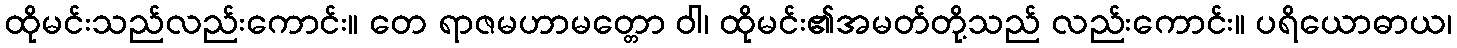
ထိုမင်းသည်လည်းကောင်း။ တေ ရာဇမဟာမတ္တော ဝါ၊ ထိုမင်း၏အမတ်တို့သည် လည်းကောင်း။ ပရိယောဓာယ၊